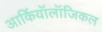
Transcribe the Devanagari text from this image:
आर्कियॉलॉजिकल